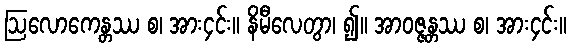
ဩလောကေန္တဿ စ၊ အား၄င်း။ နိမီလေတွာ၊ ၍။ အာဝဇ္ဇန္တဿ စ၊ အား၄င်း။